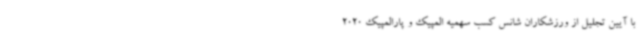
با آیین تجلیل از ورزشکاران شانس کسب سهمیه المپیک و پارالمپیک 2020